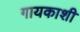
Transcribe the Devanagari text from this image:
गायकाशी